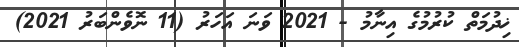
ޚިދުމަތް ކުރުމުގެ އިނާމު - 2021 ވަނަ އަހަރު (11 ނޮވެންބަރު 2021)